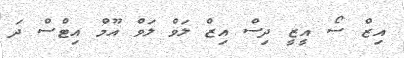
އިޒް ސޯ އީޒީ ދިސް އިޒް ލަވް ލަވް އޫމް އިޓްސް ދަ